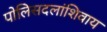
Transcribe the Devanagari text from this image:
पोलिसदलांशिवाय